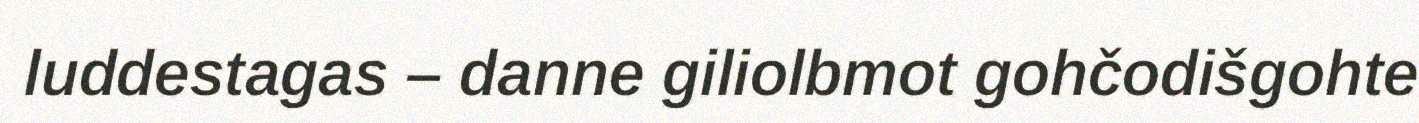
luddestagas – danne giliolbmot gohčodišgohte